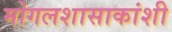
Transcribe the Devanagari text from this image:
मोगलशासाकांशी